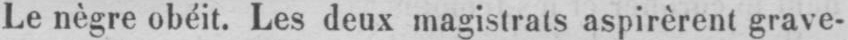
Le nègre obéit. Les deux magistrats aspirèrent grave-